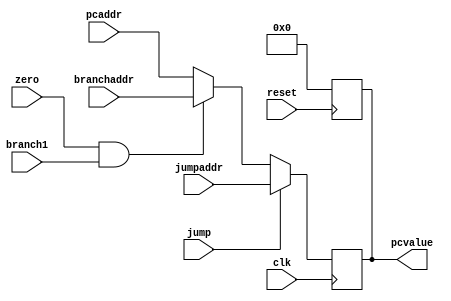
`timescale 1ps/1ps
//`include "./mul2_1.v"
module pc(
          input [31:0]      pcaddr, branchaddr, jumpaddr,
          input             clk, branch1, zero,reset, jump,
          
          output reg [31:0] pcvalue);
    wire               pcsrc ;
    
    assign pcsrc = zero & branch1;
   // reg          [31:0]      prepc;
    
    always @ (posedge reset)
      pcvalue = 32'b0;
    
         
    always @(posedge clk)
      begin
/*       multiplexer(    .a(branchaddr),
                                            .b(pcaddr),
                                             .y(prepc),
                                            .s(pcsrc)
                                            );
          
          multiplexer(.a(jumpaddr),
                                         .b(prepc),
                                         .y(pcvalue),
                                         .s(jump)
                                         );
 always 
 */
/*     assign prepc = pcsrc? branchaddr : pcaddr;
          assign pcvalue = jump ? jumpaddr : prepc;
  assign
 */        
          
     //    prepc <= (pcsrc) ? branchaddr : pcaddr;
       //   pcvalue <= (jump)?  jumpaddr : prepc;
          
  
          
      
if(jump)
  pcvalue <= jumpaddr;
else if(pcsrc)
  pcvalue <= branchaddr;
else
  pcvalue <= pcaddr;
          


end // always @ (posedge clk)
    
endmodule // pc